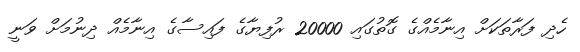
ހެދި ފަރާތަކަށް އިނާމެއްގެ ގޮތުގައި 20000 ރުފިޔާގެ ފައިސާގެ އިނާމެއް ދިނުމަށް ވަނީ